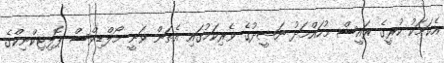
އެކަމަކު ކުރީގެ ރައީސް މުހައްމަދު ނަޝީދުގެ ވެރިކަމުގައި އެތަން ވަނީ މޯލްޑިވްސް ޕޮލިޓިކްނިކްގެ